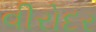
વીરોદર